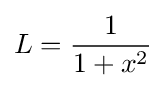
L={\frac {1}{1+x^{2}}}